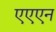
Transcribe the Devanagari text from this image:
एएएन